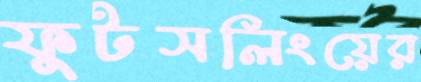
ফুটসলিংয়ের